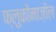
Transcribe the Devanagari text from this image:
फ्लुकोनाज़ोल